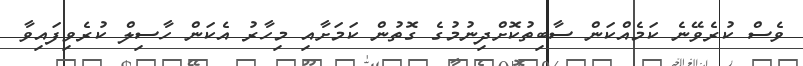
ވެސް ކުރެވޭނެ ކަމެއްކަން ސާބިތުކޮށްދިނުމުގެ ގޮތުން ކަމަށާއި މިހާރު އެކަން ހާސިލް ކުރެވިފައިވާ